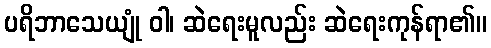
ပရိဘာသေယျုံ ဝါ၊ ဆဲရေးမူလည်း ဆဲရေးကုန်ရာ၏။